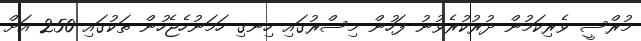
މުރްސީ ވެރިކަމުން ދުރުކުރެވުނު ފަހުން މިސްރުގައި ހިނގި ހަމަނުހެޖެހުން ތަކުގައި 250 އަށް